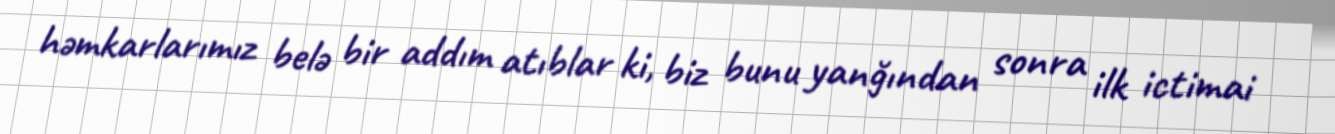
həmkarlarımız belə bir addım atıblar ki, biz bunu yanğından sonra ilk ictimai